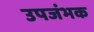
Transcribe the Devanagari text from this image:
उपजंभक